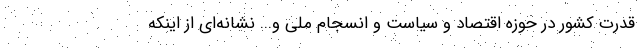
قدرت کشور در حوزه اقتصاد و سیاست و انسجام ملی و... نشانه‌ای از اینکه